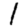
Digit: 1